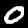
Digit: 0